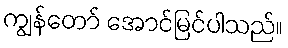
ကျွန်တော် အောင်မြင်ပါသည်။